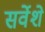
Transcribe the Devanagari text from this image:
सर्वेशे